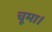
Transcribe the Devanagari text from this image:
चूमा।